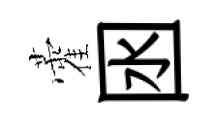
藿囦